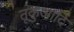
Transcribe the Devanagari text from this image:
तूकुआदि